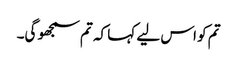
تم کو اس لیے کہا کہ تم سمجھو گی۔